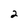
Character: 2